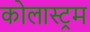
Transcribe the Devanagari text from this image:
कोलास्ट्रम